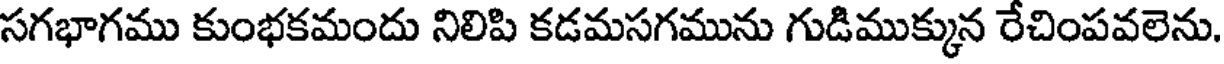
సగభాగము కుంభకమందు నిలిపి కడమసగమును గుడిముక్కున రేచింపవలెను